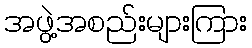
အဖွဲ့အစည်းများကြား